Report of the Municipal Commissioner on the plague in Bombay for the year ending 31st May... - Volume 1
Disease focus: Plague
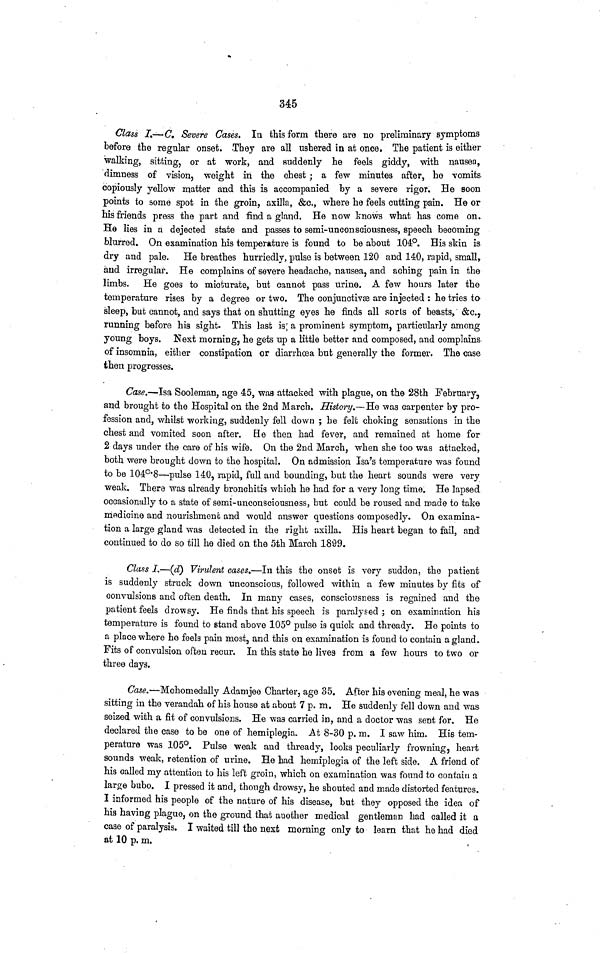
345
Class I.—C. Severe Cases. In this form there are no preliminary symptoms
before the regular onset. They are all ushered in at once, The patient is either
walking, sitting, or at work, and suddenly he feels giddy, with nausea,
dimness of vision, weight in the chest; a few minutes after, he vomits
copiously yellow matter and this is accompanied by a severe rigor. He soon
points to some spot in the groin, axilla, &c., where he feels cutting pain. He or
his friends press the part and find a gland. He now knows what has come on.
He lies in a dejected state and passes to semi-unconsciousness, speech becoming
blurred. On examination his temperature is found to be about 104°. His skin is
dry and pale. He breathes hurriedly, pulse is between 120 and 140, rapid, small,
and irregular. He complains of severe headache, nausea, and aching pain in the
limbs. He goes to micturate, but cannot pass urine. A few hours later the
temperature rises by a degree or two. The conjunctivas are injected : he tries to
sleep, but cannot, and says that on shutting eyes he finds all sorts of beasts, &c.,
running before his sight- This last is a prominent symptom, particularly among
young boys. Next morning, he gets up a little better and composed, and complains,
of insomnia, either constipation or diarrhoea but generally the former. The case
then progresses.
Case.—Isa Sooleman, age 45, was attacked with plague, on the 28th February,
and brought to the Hospital on the 2nd March, History.—He was carpenter by pro-
fession and, whilst working, suddenly fell down ; he felt choking sensations in the
chest and vomited soon after. He then had fever, and remained at home for
2 days under the care of his wife. On the 2nd March, when she too was attacked,
both were brought down to the hospital. On admission Isa's temperature was found
to be 104°·8—pulse 140, rapid, full and bounding, but the heart sounds were very
weak. There was already bronchitis which he had for a very long time. He lapsed
occasionally to a state of semi-unconsciousness, but could be roused and made to take
medicine and nourishment and would answer questions composedly. On examina-
tion a large gland was detected in the right axilla. His heart began to fail, and
continued to do so till he died on the 5th March 1899.
Class I.—(d) Virulent cases.—In this the onset is very sudden, the patient
is suddenly struck down unconscious, followed within a few minutes by fits of
convulsions and often death. In many cases, consciousness is regained and the
patient feels drowsy. He finds that his speech is paralysed ; on examination his
temperature is found to stand above 105° pulse is quick and thready. He points to
a place where he feels pain most, and this on examination is found to contain a gland.
Fits of convulsion often recur. In this state he lives from a few hours to two or
three days.
Case.—Mohomedally Adamjee Charter, age 35. After his evening meal, he was
sitting in the verandah of his house at about 7 p. m. He suddenly fell down and was
seized with a fit of convulsions. He was carried in, and a doctor was sent for. He
declared the case to be one of hemiplegia. At 8-30 p. m. I saw him. His tem-
perature was 105°. Pulse weak and thready, looks peculiarly frowning, heart
sounds weak, retention of urine. He had hemiplegia of the left side. A friend of
his called my attention to his left groin, which on examination was found to contain a
large bubo. I pressed it and, though drowsy, he shouted and made distorted features.
I informed his people of the nature of his disease, but they opposed the idea of
his having plague, on the ground that another medical gentleman had called it a
case of paralysis. I waited till the next morning only to learn that he had died
at 10 p. m.